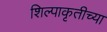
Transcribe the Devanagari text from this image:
शिल्पाकृतीच्या